Report on the bubonic plague in Bombay, 1896-1897
Year: 1896
Disease focus: Plague
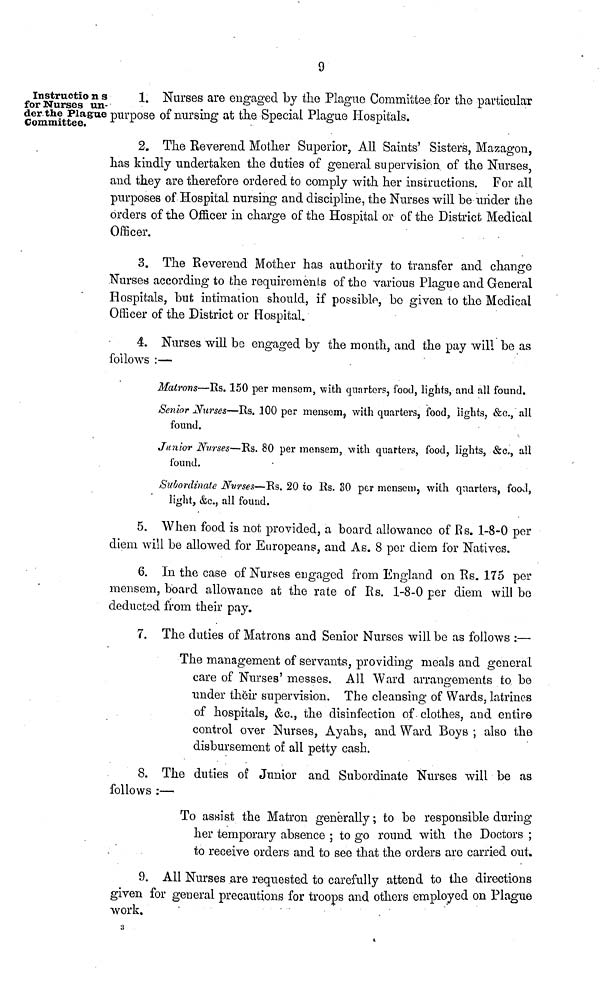
9
Instructio n s
for Nurses un-
der the Plague
Committee.
1. Nurses are engaged by the Plague Committee for the particular
purpose of nursing at the Special Plague Hospitals.
2. The Reverend Mother Superior, All Saints' Sisters, Mazagon,
has kindly undertaken the duties of general supervision of the Nurses,
and they are therefore ordered to comply with her instructions. For all
purposes of Hospital nursing and discipline, the Nurses will be under the
orders of the Officer in charge of the Hospital or of the District Medical
Officer.
3. The Reverend Mother has authority to transfer and change
Nurses according to the requirements of the various Plague and General
Hospitals, but intimation should, if possible, bo given to the Medical
Officer of the District or Hospital.
4. Nurses will be engaged by the month, and the pay will be as
follows :—
Matrons—Rs. 150 per mensem, with quarters, food, lights, and all found.
Senior Nurses—Rs. 100 per mensem, with quarters, food, lights, &c., all
found.
Junior Nurses—Rs. 80 per mensem, with quarters, food, lights, &c, all
found.
Subordinate Nurses—Rs. 20 to Rs. SO per mensem, with quarters, food,
light, &c., all found.
5. When food is not provided, a board allowance of Rs. 1-8-0 per
diem will be allowed for Europeans, and As. 8 per diem for Natives.
6. In the case of Nurses engaged from England on Rs. 175 per
mensem, board allowance at the rate of Rs. 1-8-0 per diem will be
deducted from their pay.
7. The duties of Matrons and Senior Nurses will be as follows :—
The management of servants, providing meals and general
care of Nurses' messes. All Ward arrangements to be
under their supervision. The cleansing of Wards, latrines
of hospitals, &c., the disinfection of. clothes, and entire
control over Nurses, Ayahs, and Ward Boys ; also the
disbursement of all petty cash.
8. The duties of Junior and Subordinate Nurses will be as
follows :—
To assist the Matron generally ; to be responsible during
her temporary absence ; to go round with the Doctors ;
to receive orders and to see that the orders are carried out.
9. All Nurses are requested to carefully attend to the directions
given for general precautions for troops and others employed on Plague
work.